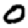
Digit: 0